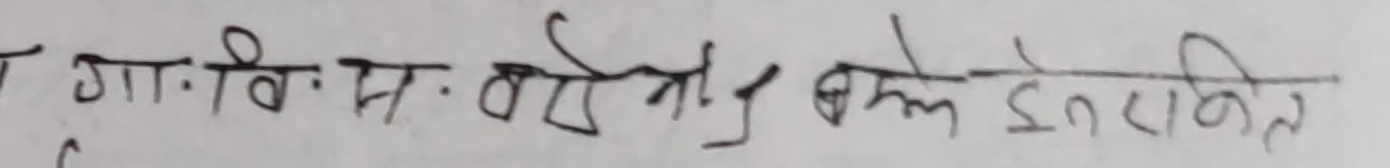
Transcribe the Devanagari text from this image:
गां विः सः तौ ज्ञा बले इराजित